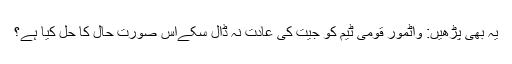
یہ بھی پڑھیں: واٹمور قومی ٹیم کو جیت کی عادت نہ ڈال سکےاس صورت حال کا حل کیا ہے؟